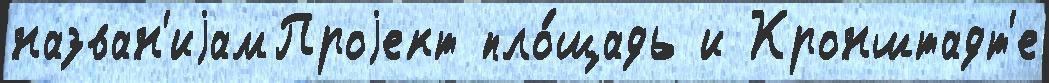
назван'иjамПроjект пло́щадь и Кронштадт'е